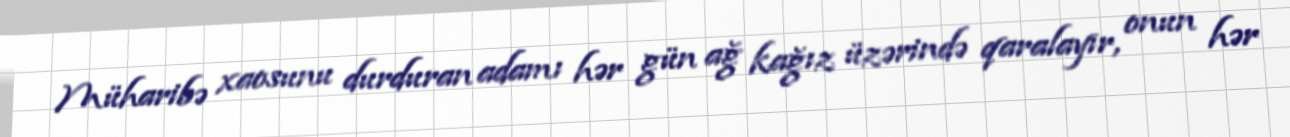
Müharibə xaosunu durduran adamı hər gün ağ kağız üzərində qaralayır, onun hər